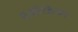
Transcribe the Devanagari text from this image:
एक्ष्पेडिया